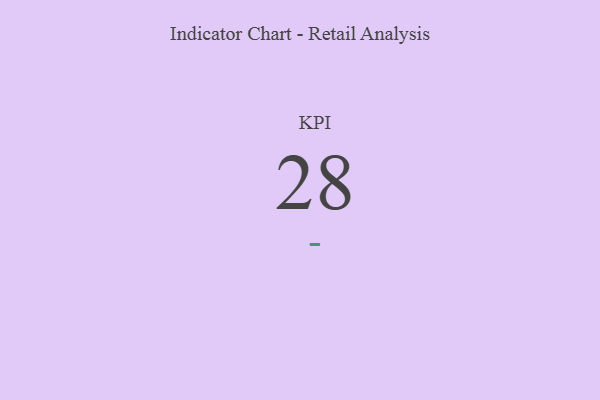
{"axis": {"x": "KPI", "y": "Value"}, "legend": [""], "data": [{"x": "KPI", "y": 28, "type": ""}]}